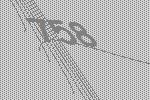
758